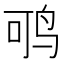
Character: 𬸂